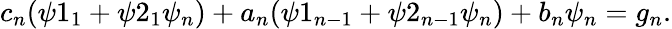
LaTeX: c_{n}(\psi 1_{1}+\psi 2_{1}\psi_{n})+a_{n}(\psi 1_{n-1}+\psi 2_{n-1}\psi_{n})+b_{n}\psi_{n}=g_{n}.